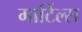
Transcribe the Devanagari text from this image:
मार्टिल्स